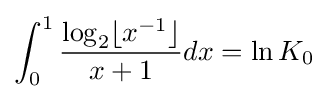
\int _{0}^{1}{\frac {\log _{2}\lfloor x^{-1}\rfloor }{x+1}}dx=\ln {K_{0}}